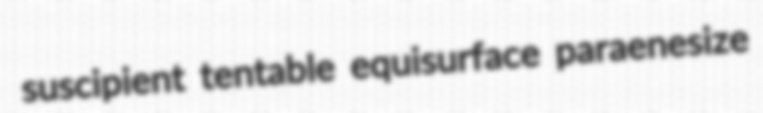
suscipient tentable equisurface paraenesize